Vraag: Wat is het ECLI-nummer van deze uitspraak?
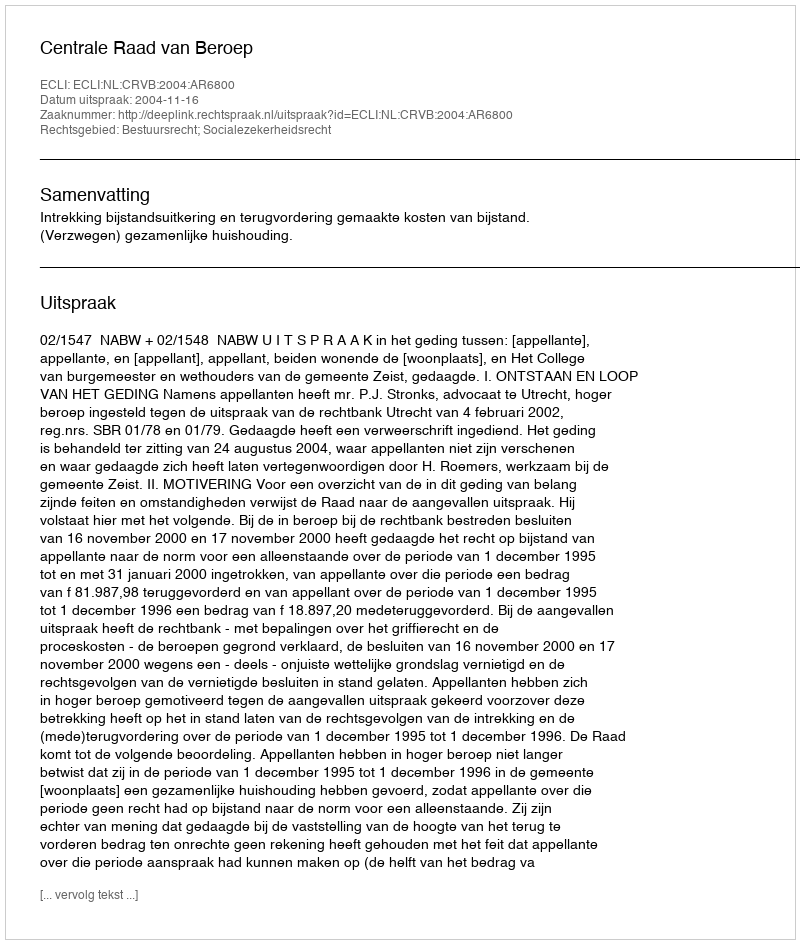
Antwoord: ECLI:NL:CRVB:2004:AR6800